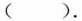
( ).